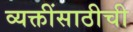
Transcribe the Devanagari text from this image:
व्यक्तींसाठीची